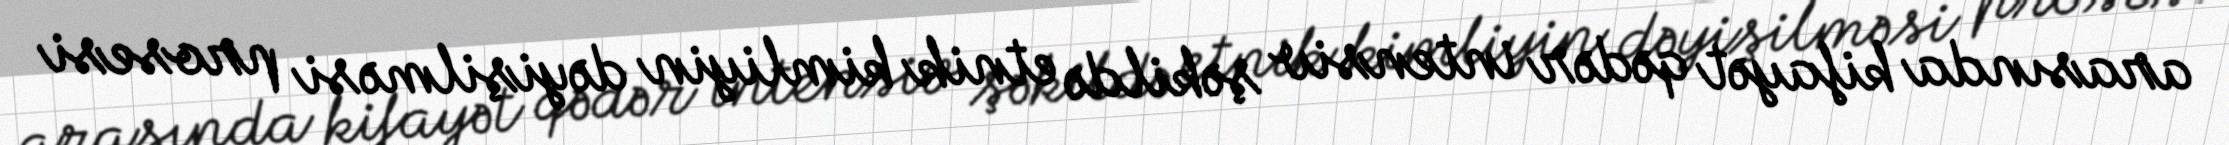
arasında kifayət qədər intensiv şəkildə etnik kimliyin dəyişilməsi prosesi